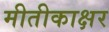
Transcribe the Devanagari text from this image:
मीतीकाक्षर